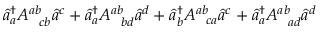
\hat { a } _ { a } ^ { \dagger } A _ { \; \; \; c b } ^ { a b } \hat { a } ^ { c } + \hat { a } _ { a } ^ { \dagger } A _ { \; \; \; b d } ^ { a b } \hat { a } ^ { d } + \hat { a } _ { b } ^ { \dagger } A _ { \; \; \; c a } ^ { a b } \hat { a } ^ { c } + \hat { a } _ { a } ^ { \dagger } A _ { \; \; \; a d } ^ { a b } \hat { a } ^ { d }